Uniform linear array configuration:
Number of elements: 32
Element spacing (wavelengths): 0.25
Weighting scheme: hann
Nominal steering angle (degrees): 15
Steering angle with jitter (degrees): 16.515
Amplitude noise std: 0.05
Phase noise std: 0.05

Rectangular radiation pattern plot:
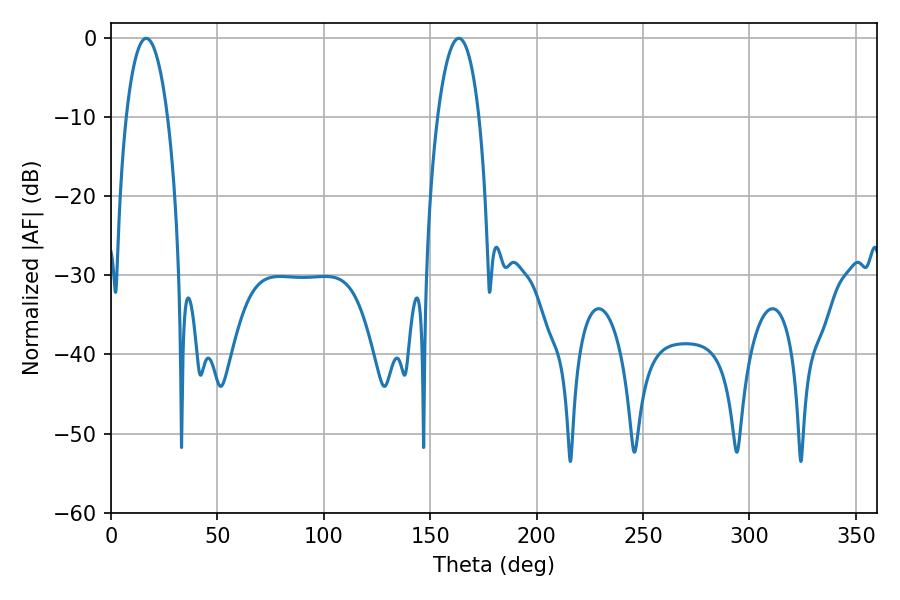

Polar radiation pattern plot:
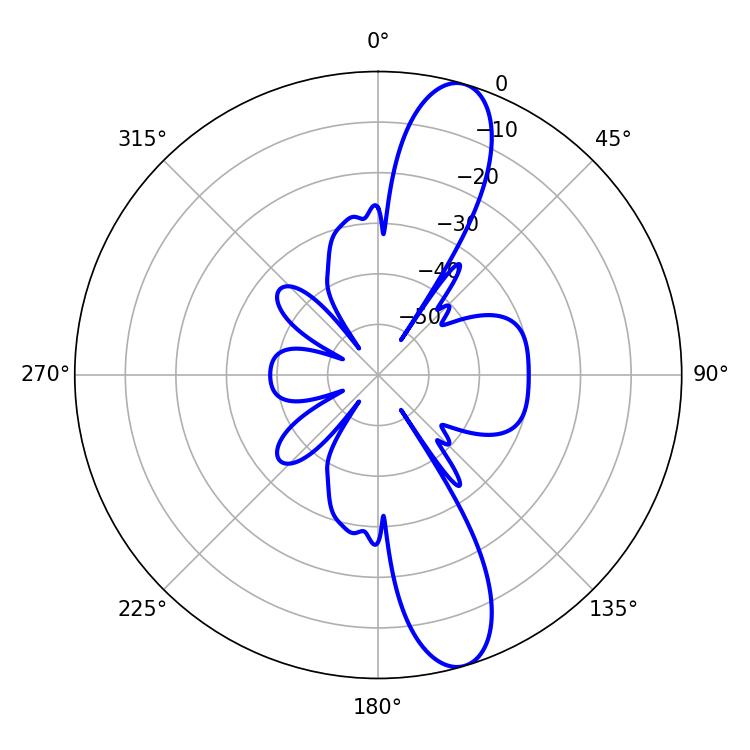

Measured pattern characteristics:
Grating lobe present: FALSE
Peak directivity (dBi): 12.353
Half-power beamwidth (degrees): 10.98
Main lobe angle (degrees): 16.56